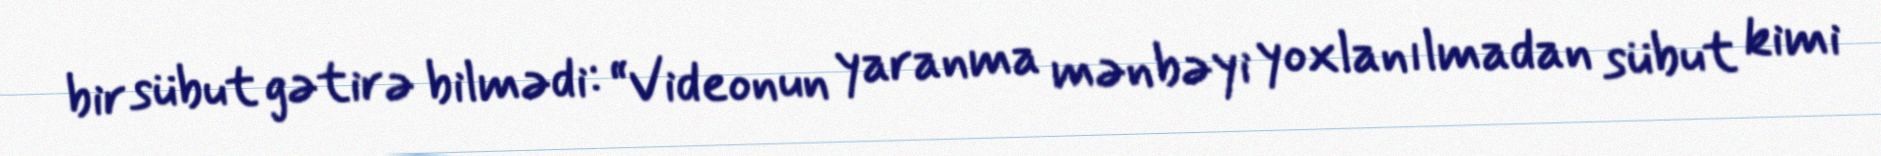
bir sübut gətirə bilmədi: “Videonun yaranma mənbəyi yoxlanılmadan sübut kimi